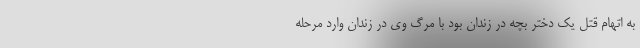
به اتهام قتل یک دختر بچه در زندان بود با مرگ وی در زندان وارد مرحله